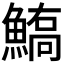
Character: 𩺙